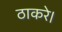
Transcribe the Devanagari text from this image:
ठाकरे।